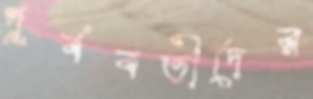
পূর্ববর্তীদের